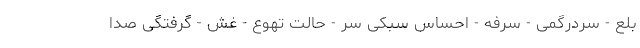
بلع - سردرگمی - سرفه - احساس سبکی سر - حالت تهوع - غش - گرفتگی صدا